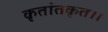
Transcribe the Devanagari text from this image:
कृतांतकृत।।